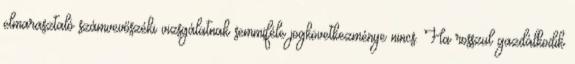
elmarasztaló számvevőszéki vizsgálatnak semmiféle jogkövetkezménye nincs. Ha rosszul gazdálkodik